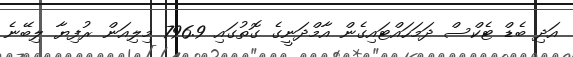
އަދި ބެޑް ޓެކްސް ދަމަހައްޓައިގެން އާމްދަނީގެ ގޮތުގައި 796.9 މިލިއަން ރުފިޔާ ލިބޭނެ